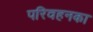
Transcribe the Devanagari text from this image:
परिवहनका